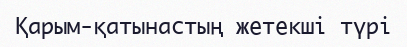
Қарым-қатынастың жетекші түрі